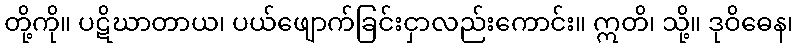
တို့ကို။ ပဋိဃာတာယ၊ ပယ်ဖျောက်ခြင်းငှာလည်းကောင်း။ ဣတိ၊ သို့။ ဒုဝိဓေန၊